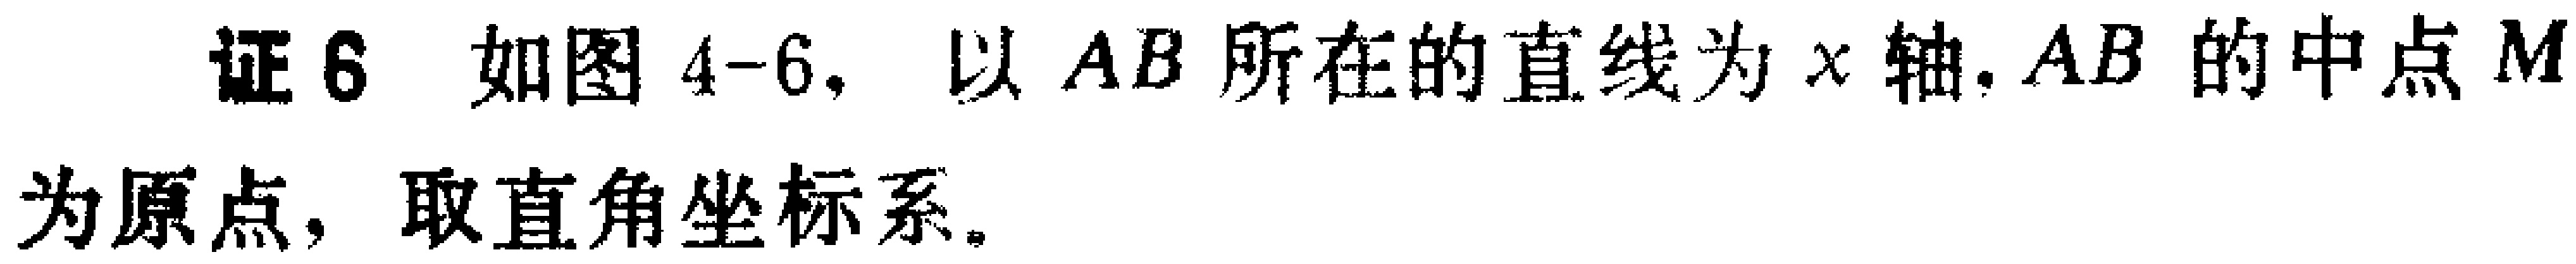
证6 如图4-6，以\(AB\)所在的直线为\(x\)轴，\(AB\)的中点\(M\)为原点，取直角坐标系。